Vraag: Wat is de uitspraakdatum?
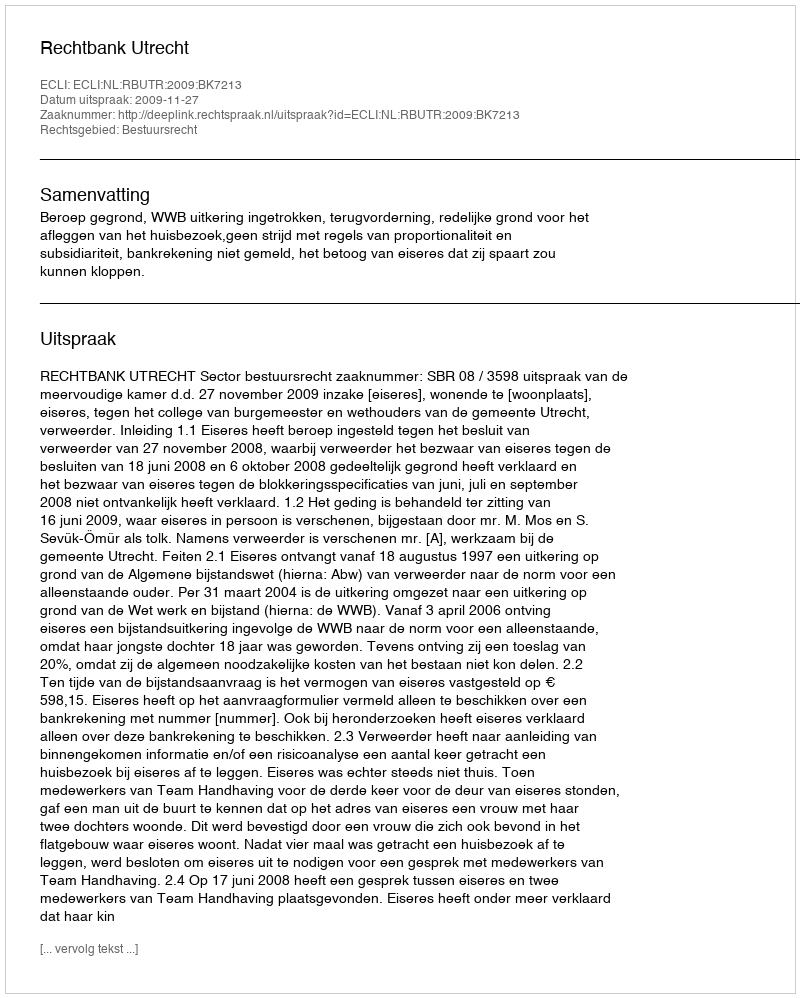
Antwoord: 2009-11-27